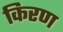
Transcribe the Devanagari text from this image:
किरण